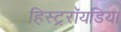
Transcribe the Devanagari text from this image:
हिस्ट्ररॉयडिया